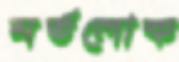
মর্তলোক